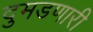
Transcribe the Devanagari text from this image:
दुमडणारी